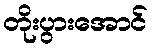
တိုးပွားအောင်